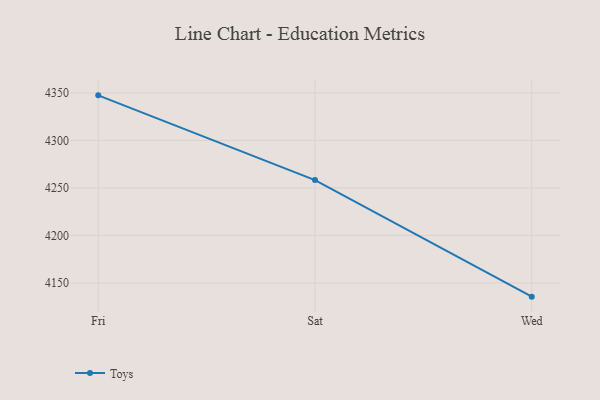
{"axis": {"x": "Day", "y": "Headcount"}, "legend": ["Toys"], "data": [{"x": "Fri", "y": 4347.5, "type": "Toys"}, {"x": "Sat", "y": 4258.3, "type": "Toys"}, {"x": "Wed", "y": 4135.6, "type": "Toys"}]}